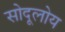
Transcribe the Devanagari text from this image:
सोदूलोय